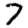
Digit: 7